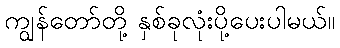
ကျွန်တော်တို့ နှစ်ခုလုံးပို့ပေးပါမယ်။